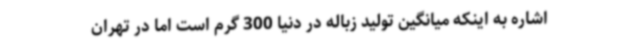
اشاره به اینکه میانگین تولید زباله در دنیا 300 گرم است اما در تهران